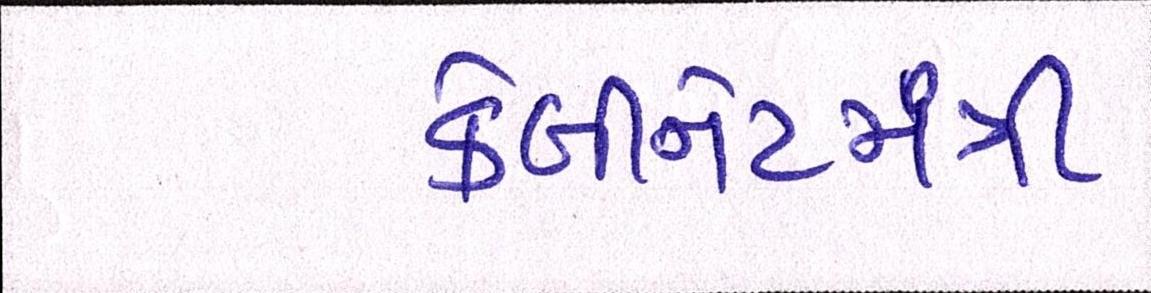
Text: કેબીનેટમંત્રી